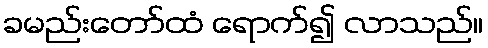
ခမည်းတော်ထံ ရောက်၍ လာသည်။